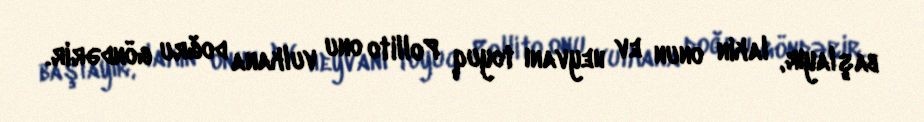
başlayır, lakin onun ev heyvanı toyuq Pollito onu vulkana doğru göndərir.